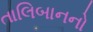
તાલિબાનનો